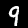
Label: 9